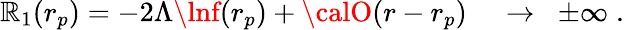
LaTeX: \mathbb{R}_{1}(r_{p})=-2\Lambda\lnf(r_{p})+{\calO}(r-r_{p})\; \; \; \; \to\; \; \pm\infty\; .